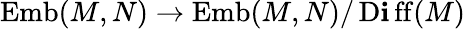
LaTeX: \operatorname{Emb}(M,N)\to\operatorname{Emb}(M,N)/\operatorname{D\mathbf{i}ff}(M)